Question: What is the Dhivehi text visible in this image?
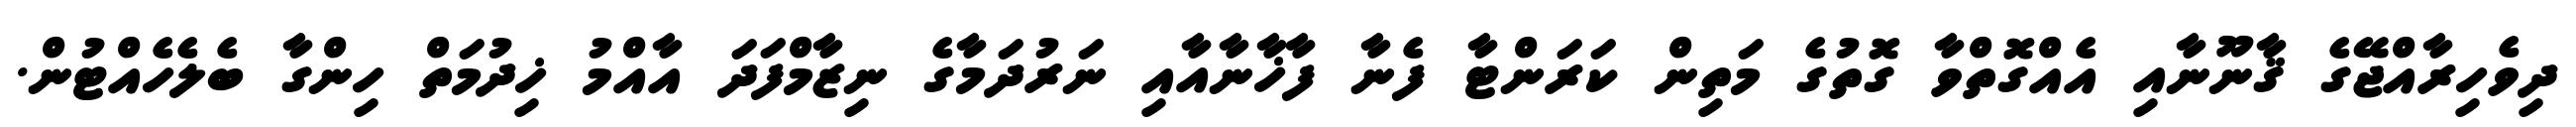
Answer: ދިވެހިރާއްޖޭގެ ޤާނޫނާއި އެއްގޮތްވާ ގޮތުގެ މަތިން ކަރަންޓާ ފެނާ ފާޚާނާއާއި ނަރުދަމާގެ ނިޒާމްފަދަ އާއްމު ޚިދުމަތް ހިންގާ ބެލެހެއްޓުން.